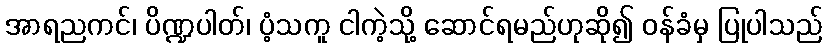
အာရညကင်၊ ပိဏ္ဍပါတ်၊ ပံ့သကူ ငါကဲ့သို့ ဆောင်ရမည်ဟုဆို၍ ဝန်ခံမှ ပြုပါသည်